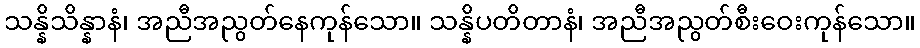
သန္နိသိန္နာနံ၊ အညီအညွတ်နေကုန်သော။ သန္နိပတိတာနံ၊ အညီအညွတ်စီးဝေးကုန်သော။